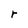
Character: r